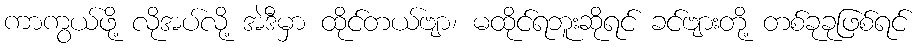
ကာကွယ်ဖို့ လိုအပ်လို့ အဲဒီမှာ ထိုင်တယ်ဗျာ၊ မထိုင်ရဘူးဆိုရင် ခင်ဗျားတို့ တစ်ခုခုဖြစ်ရင်